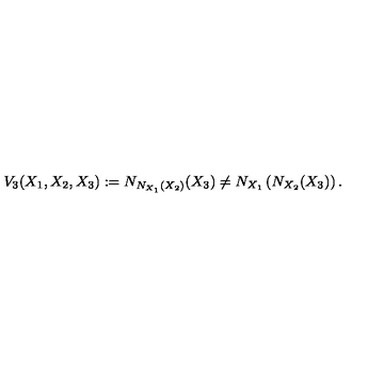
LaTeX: V _ { 3 } ( X _ { 1 } , X _ { 2 } , X _ { 3 } ) : = N _ { N _ { X _ { 1 } } ( X _ { 2 } ) } ( X _ { 3 } ) \not = N _ { X _ { 1 } } \left( N _ { X _ { 2 } } ( X _ { 3 } ) \right) .